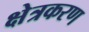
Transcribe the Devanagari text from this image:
क्षेत्रकरण